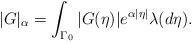
LaTeX: \begin{align*} |G|_\alpha=\int_{\Gamma_0}|G(\eta)|e^{\alpha |\eta|}\lambda(d \eta). \end{align*}